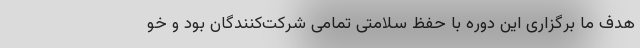
هدف ما برگزاری این دوره با حفظ سلامتی تمامی شرکت‌کنندگان بود و خو